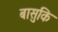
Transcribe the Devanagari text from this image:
बासुकि